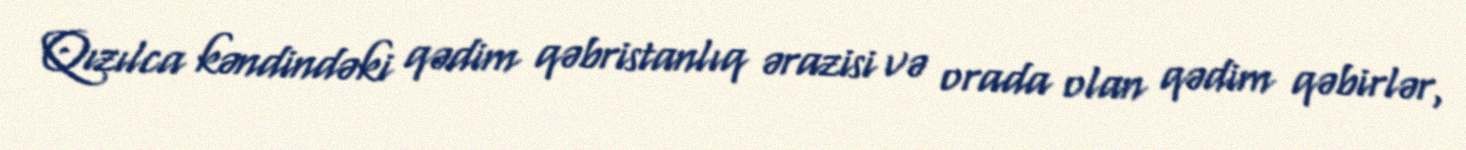
Qızılca kəndindəki qədim qəbristanlıq ərazisi və orada olan qədim qəbirlər,